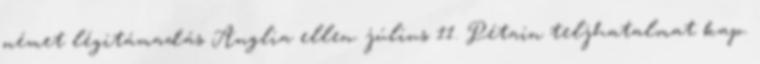
német légitámadás Anglia ellen. július 11. Pétain teljhatalmat kap.